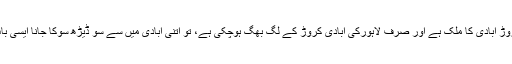
یہ امر تشویشناک تو ہے، لیکن جب ہم یہ دیکھتے ہیں کہ پاکستان بیس کروڑ آبادی کا ملک ہے اور صرف لاہورکی آبادی کروڑ کے لگ بھگ ہوچکی ہے، تو اتنی آبادی میں سے سو ڈیڑھ سوکا جانا ایسی بات نہیں کہ ملک میں خوف اوردہشت پھیل جائے اور Panic پھیل جائے۔